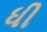
ધી